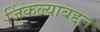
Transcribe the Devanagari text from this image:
जिंकल्याबद्दल